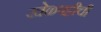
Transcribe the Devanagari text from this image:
खेळपट्टीची